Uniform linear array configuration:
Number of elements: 24
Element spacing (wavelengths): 0.25
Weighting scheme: hann
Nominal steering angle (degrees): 15
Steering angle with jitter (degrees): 13.337
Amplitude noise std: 0.05
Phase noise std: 0.05

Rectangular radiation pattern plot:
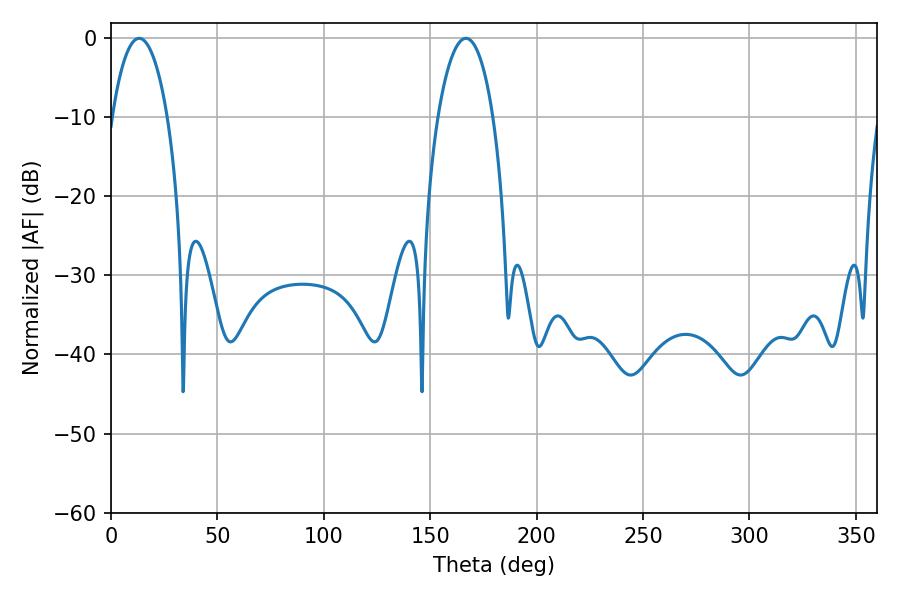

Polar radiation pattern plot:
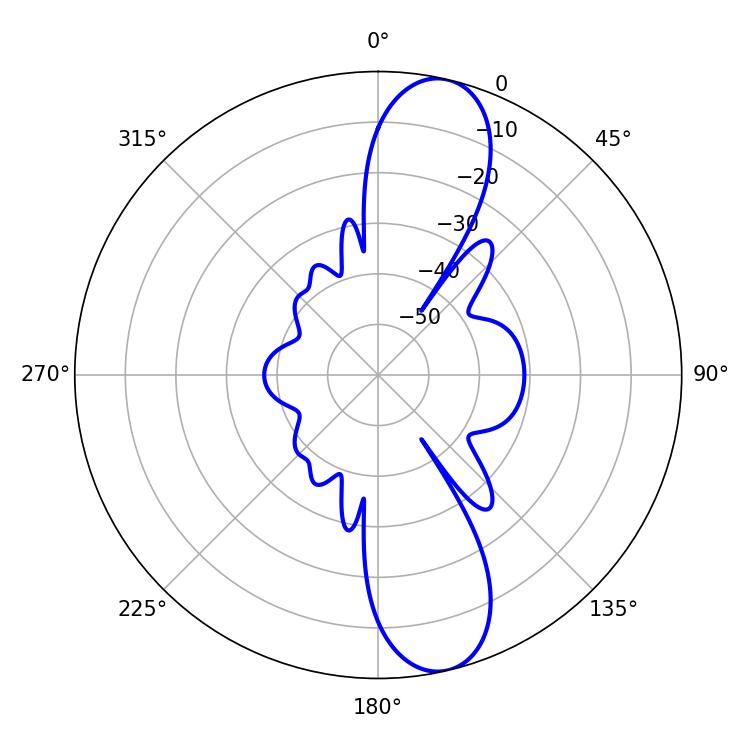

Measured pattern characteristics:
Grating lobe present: FALSE
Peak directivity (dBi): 12.06
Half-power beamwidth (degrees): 14.4
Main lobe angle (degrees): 13.32